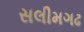
સલીમગઢ